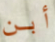
أبن